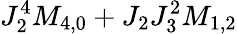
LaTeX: J_{2}^{4}M_{4,0}+J_{2}J_{3}^{2}M_{1,2}